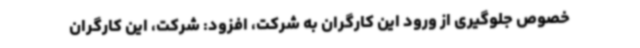
خصوص جلوگیری از ورود این کارگران به شرکت، افزود: شرکت، این کارگران